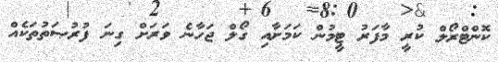
ކޮންޓްރޯލް ކުރީ މާފަރު ޓީމުން ކަމަށާއި ގޯލް ޖަހާނެ ވަރަށް ގިނަ ފުރުޞަތުތަކެއް